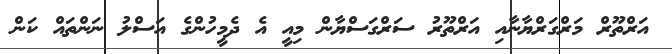
އަރްތޫރް މަރްގަރްޔާނާއި އަރްތޫރު ސަރްގަސްޔާން މިއީ އެ ދެމީހުންގެ އަސްލު ނަންތައް ކަން